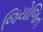
જિયોજિત